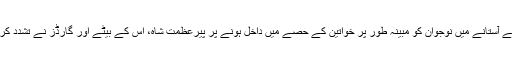
مری میں پير کے آستانے ميں نوجوان کو مبينہ طور پر خواتین کے حصے میں داخل ہونے پر پیرعظمت شاہ، اس کے بیٹے اور گارڈز نے تشدد کرکے قتل کردیا ۔